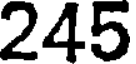
245